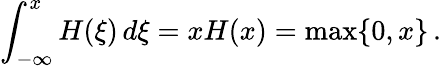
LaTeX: \int_{-\infty}^{x}H(\xi)\, d\xi=xH(x)=\operatorname*{max}\{ 0,x\} \, .